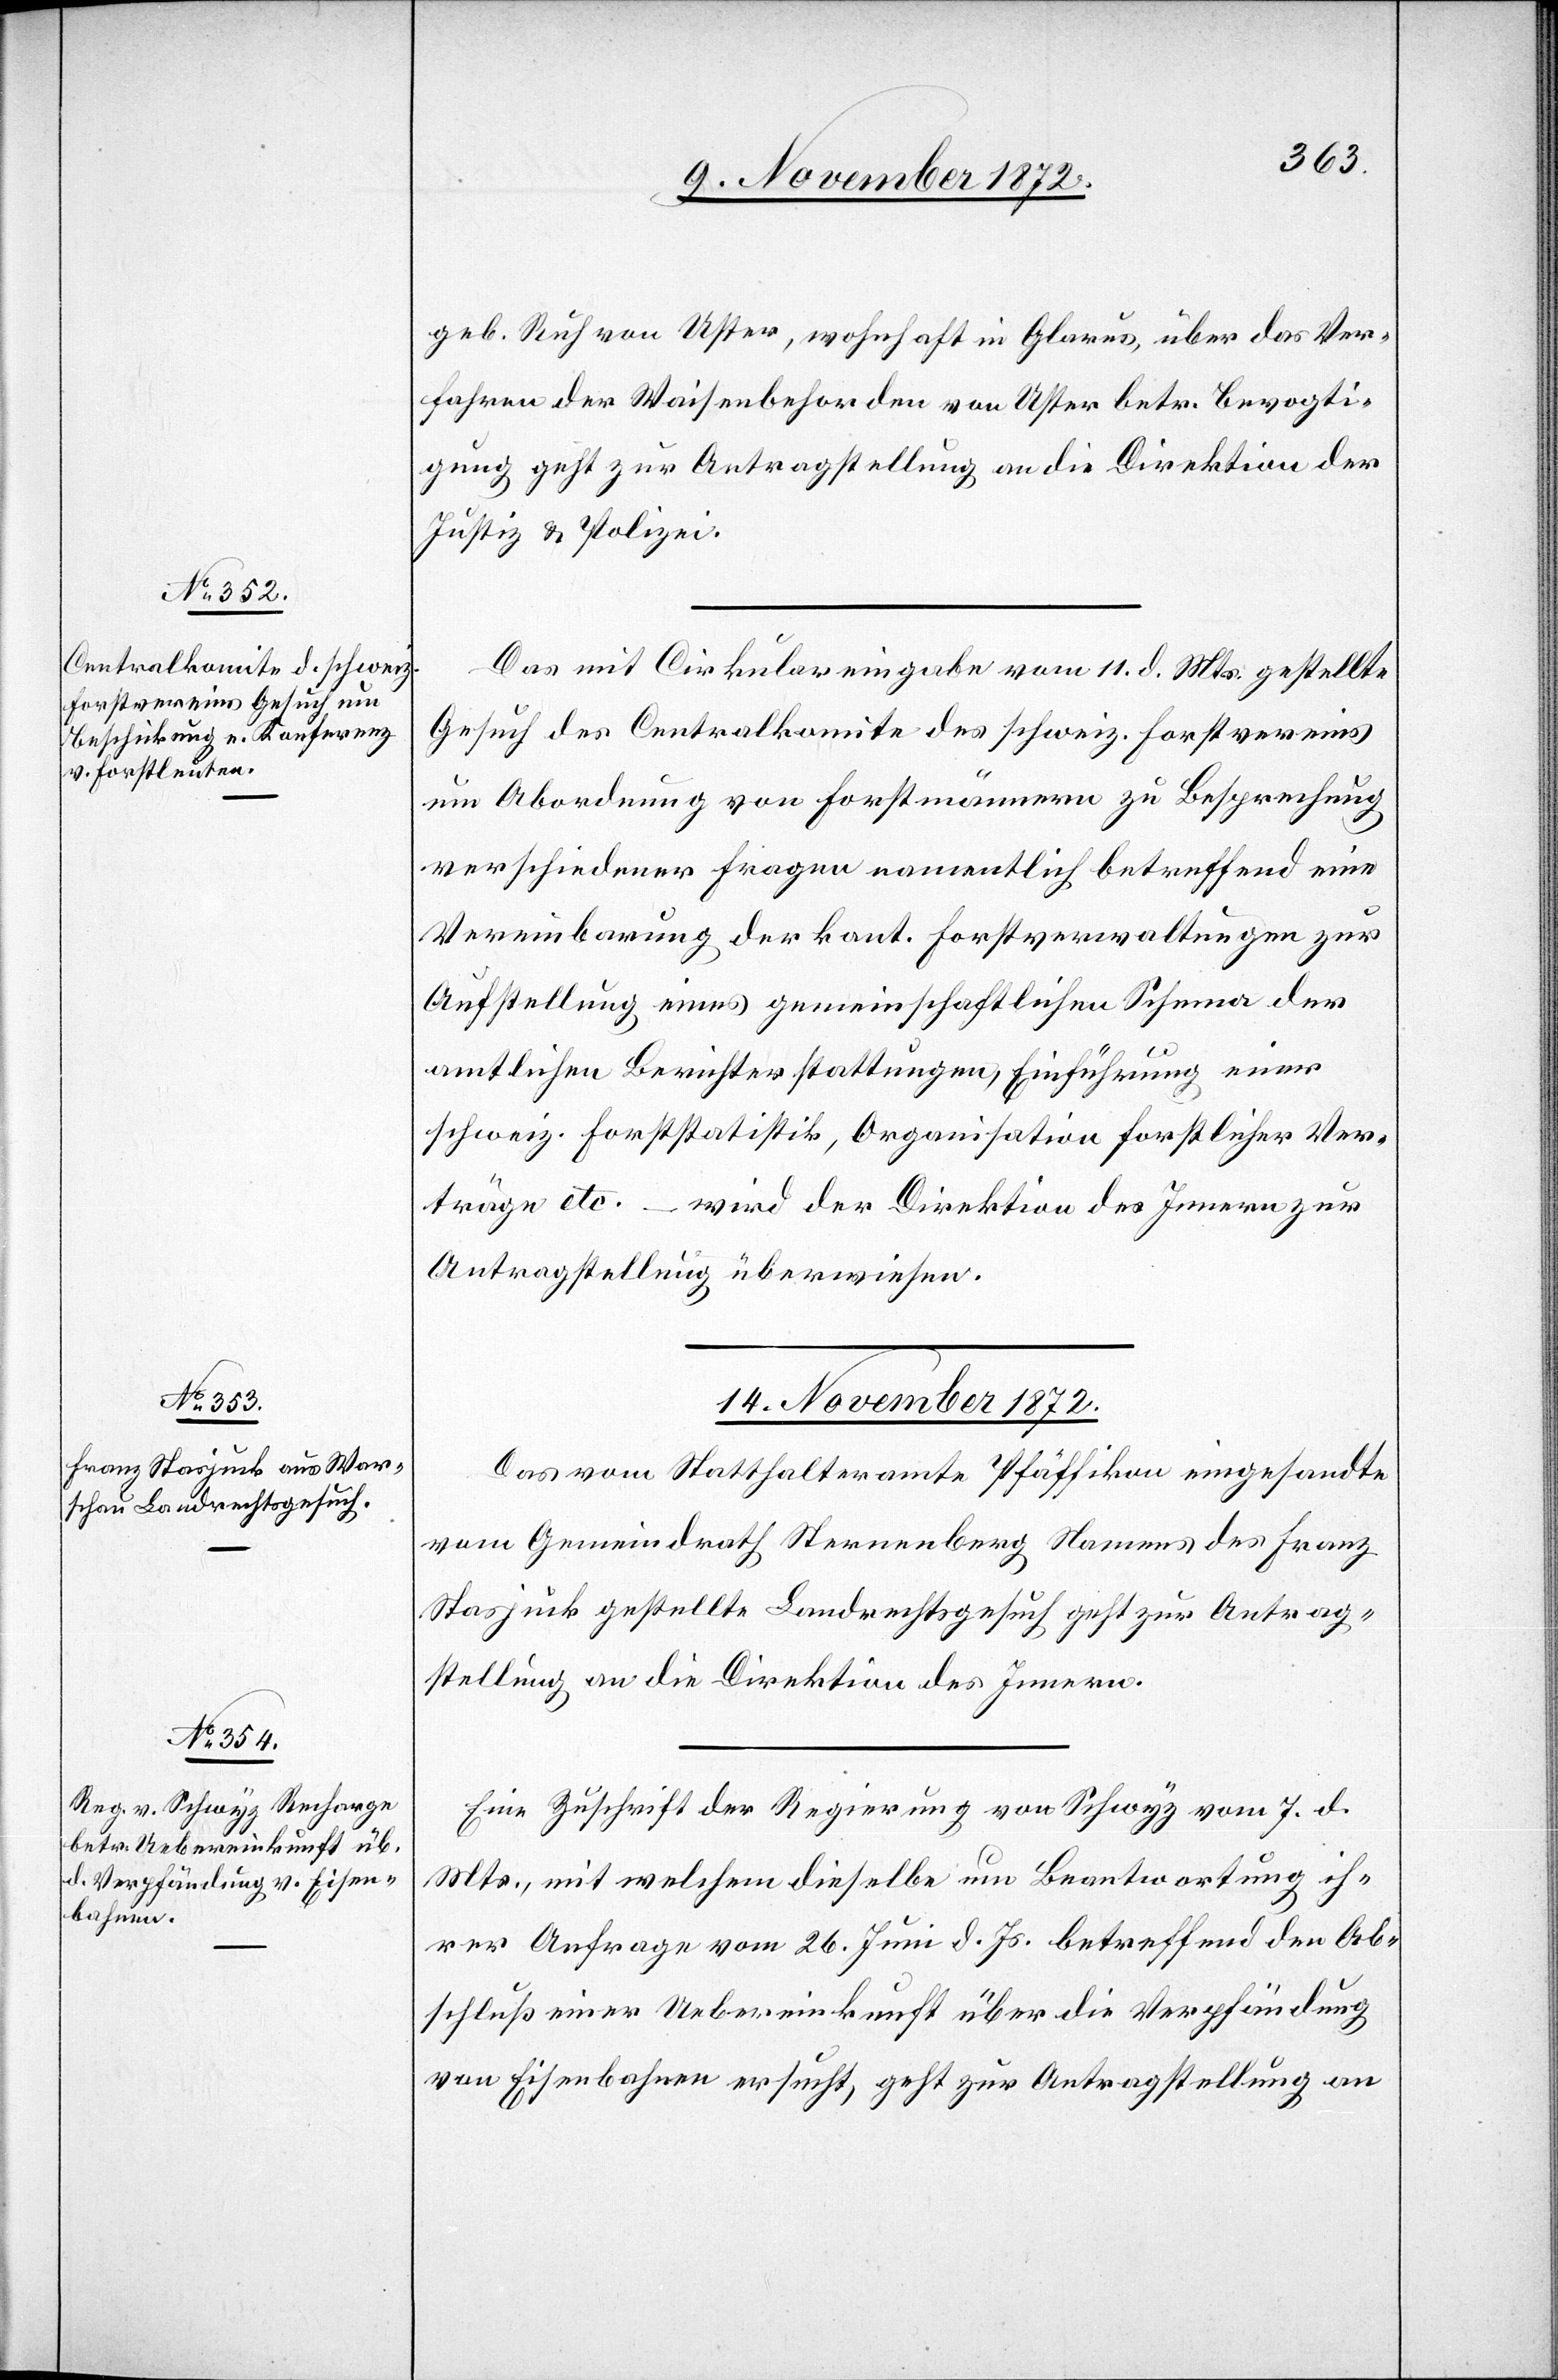
geb. Ruh von Uster, wohnhaft in Glarus, über das Ver¬
fahren der Waisenbehorden [sic!] von Uster betr. Bevogti¬
gung geht zur Antragstellung an die Direktion der
Justiz u. Polizei.
Das mit Cirkulareingabe vom 11. d. Mts. gestellte
Gesuch des Centralkomite des schweiz. Forstvereins
um Abordnung von Forstmännern zu Besprechung
verschiedener Fragen namentlich betreffend eine
Vereinbarung der kant. Forstverwaltungen zur
Aufstellung eines gemeinschaftlichen Schema der
amtlichen Berichterstattungen, Einführung einer
schweiz. Forststatistik, Organisation forstlicher Ver¬
träge etc. – wird der Direktion des Innern zur
Antragstellung überwiesen.
14. November 1872.]
Das vom Statthalteramte Pfäffikon eingesandte
vom Gemeindrath Sternenberg Namens des Franz
Stasjuck gestellte Landrechtsgesuch geht zur Antrag¬
stellung an die Direktion des Innern.
Eine Zuschrift der Regierung von Schwyz vom 7. d.
Mts., mit welchem dieselbe um Beantwortung ih¬
rer Anfrage vom 26. Juni d. Js. betreffend den Ab¬
schluß einer Uebereinkunft über die Verpfändung
von Eisenbahnen ersucht, geht zur Antragstellung an